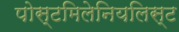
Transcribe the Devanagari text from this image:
पोस्टमिलेनियलिस्ट